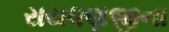
રાયધણજીના